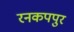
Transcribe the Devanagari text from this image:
रनकपपुर